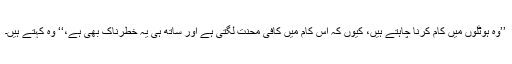
’’وہ ہوٹلوں میں کام کرنا چاہتے ہیں، کیوں کہ اِس کام میں کافی محنت لگتی ہے اور ساتھ ہی یہ خطرناک بھی ہے،‘‘ وہ کہتے ہیں۔